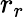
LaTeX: r_{r}